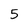
Character: 5